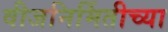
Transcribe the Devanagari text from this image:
वीजनिर्मितीच्या